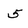
Character: 5